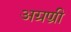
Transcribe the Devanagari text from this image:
अग्रण्री